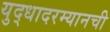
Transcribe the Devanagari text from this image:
युद्धादरम्यानची